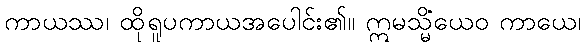
ကာယဿ၊ ထိုရူပကာယအပေါင်း၏။ ဣမသ္မိံယေဝ ကာယေ၊